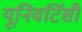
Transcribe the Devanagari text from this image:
यूनिवर्टिसी